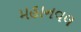
મહાનવલ